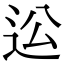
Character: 𨑪